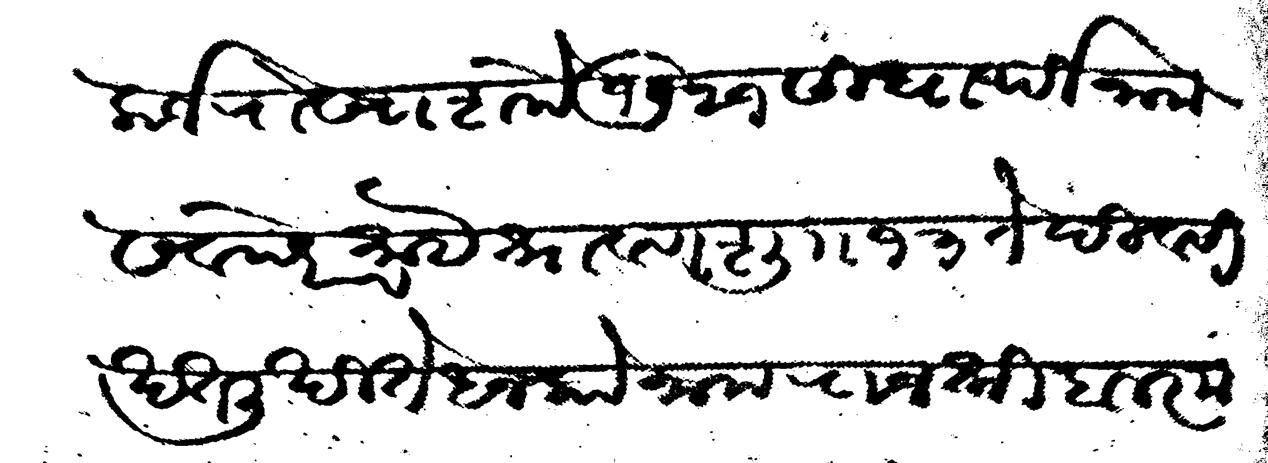
Transliteration (Devanagari): कर्ज रोखा शके १७२१ सिधार्थी नाम सवछरे माहे श्रावण शु १३ ते दिवसी खत लिखिते धनको नाम राजश्री बालकृष्ण